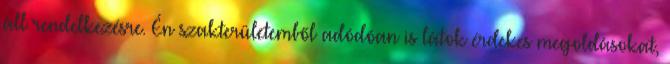
áll rendelkezésre. Én szakterületemből adódóan is látok érdekes megoldásokat,